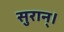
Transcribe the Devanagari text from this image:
सुरान्।